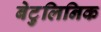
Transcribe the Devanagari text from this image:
बेटुलिनिक